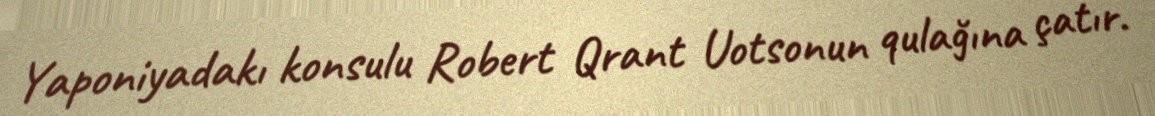
Yaponiyadakı konsulu Robert Qrant Uotsonun qulağına çatır.